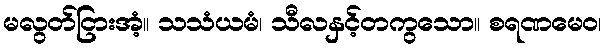
မလွတ်ငြားအံ့။ သသံယမံ၊ သီလနှင့်တကွသော။ စရဏမေဝ၊